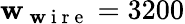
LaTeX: \mathbf{w}_{\mathrm{{~\mathbf{w}~i~r~e~}}}=3200